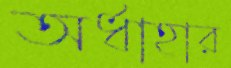
অর্ধাহার